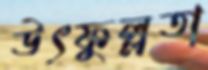
উৎফুল্লতা